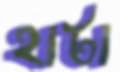
হাটা